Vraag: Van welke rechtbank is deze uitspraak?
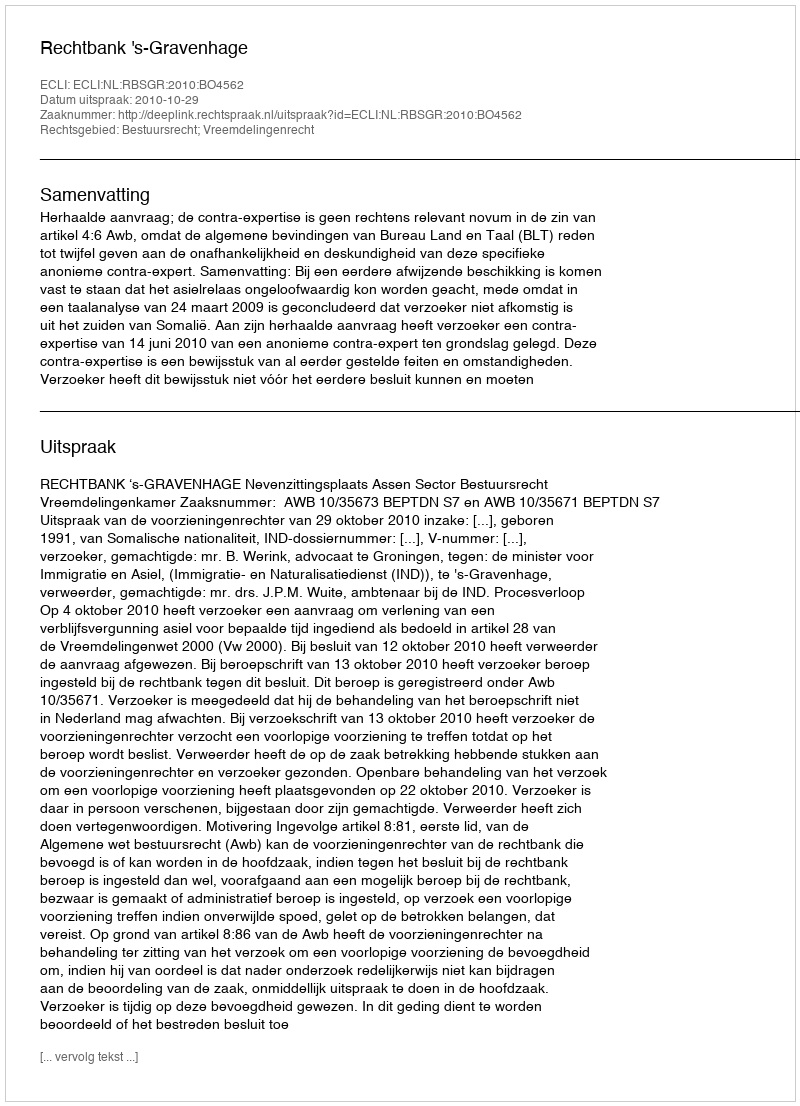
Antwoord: Rechtbank 's-Gravenhage